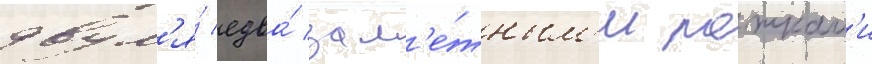
двум'я́ едва́ зам'е́тным'и рожкам'и